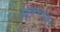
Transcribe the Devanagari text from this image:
ट्यूबरकलाइन